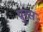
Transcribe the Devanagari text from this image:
पुरस